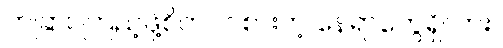
တခြား ကြည့်ဖို့စိတ်ဝင်စားတဲ့ နေရာတွေရှိလား။